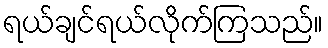
ရယ်ချင်ရယ်လိုက်ကြသည်။